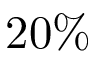
2 0 \%